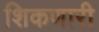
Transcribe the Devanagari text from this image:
शिकणारी